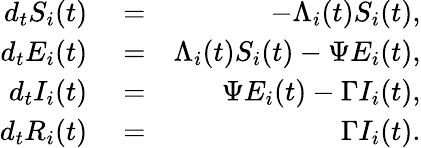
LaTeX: \begin{array}{rlr}{d_{t}S_{i}(t)}&{{}=}&{-\Lambda_{i}(t)S_{i}(t),}\\ {d_{t}E_{i}(t)}&{{}=}&{\Lambda_{i}(t)S_{i}(t)-\Psi E_{i}(t),}\\ {d_{t}I_{i}(t)}&{{}=}&{\Psi E_{i}(t)-\Gamma I_{i}(t),}\\ {d_{t}R_{i}(t)}&{{}=}&{\Gamma I_{i}(t).}\end{array}